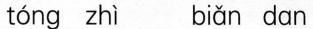
tóng zhì biǎn dan